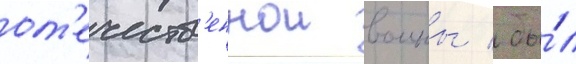
от'ечеств'еннои воины / бы́л